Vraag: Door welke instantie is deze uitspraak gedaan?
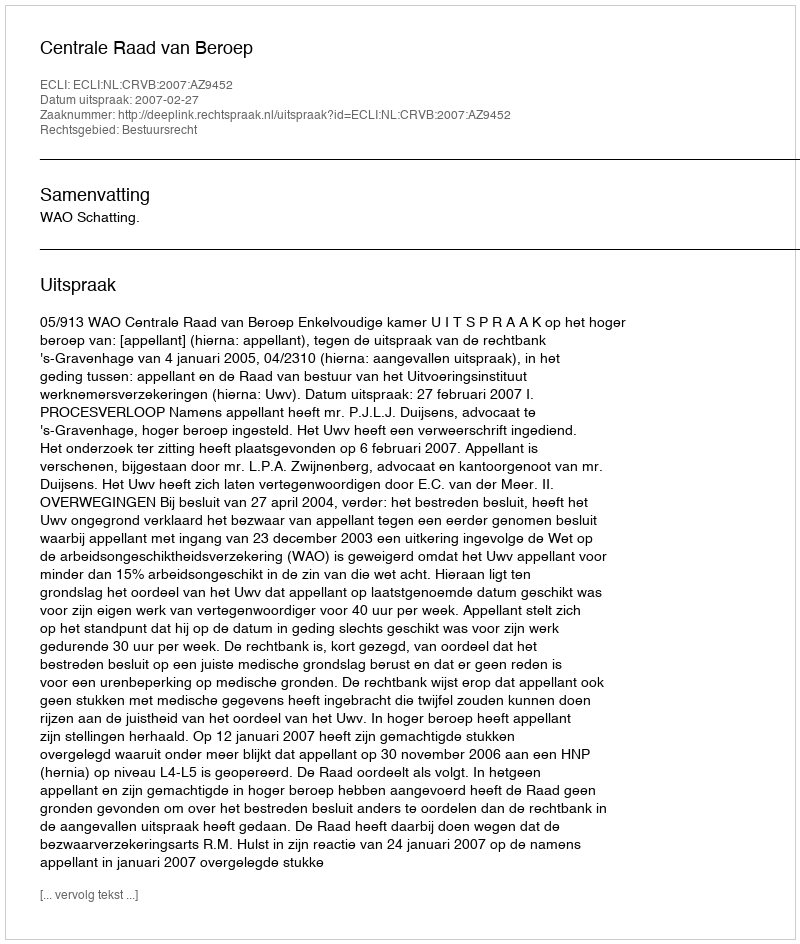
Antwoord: Centrale Raad van Beroep